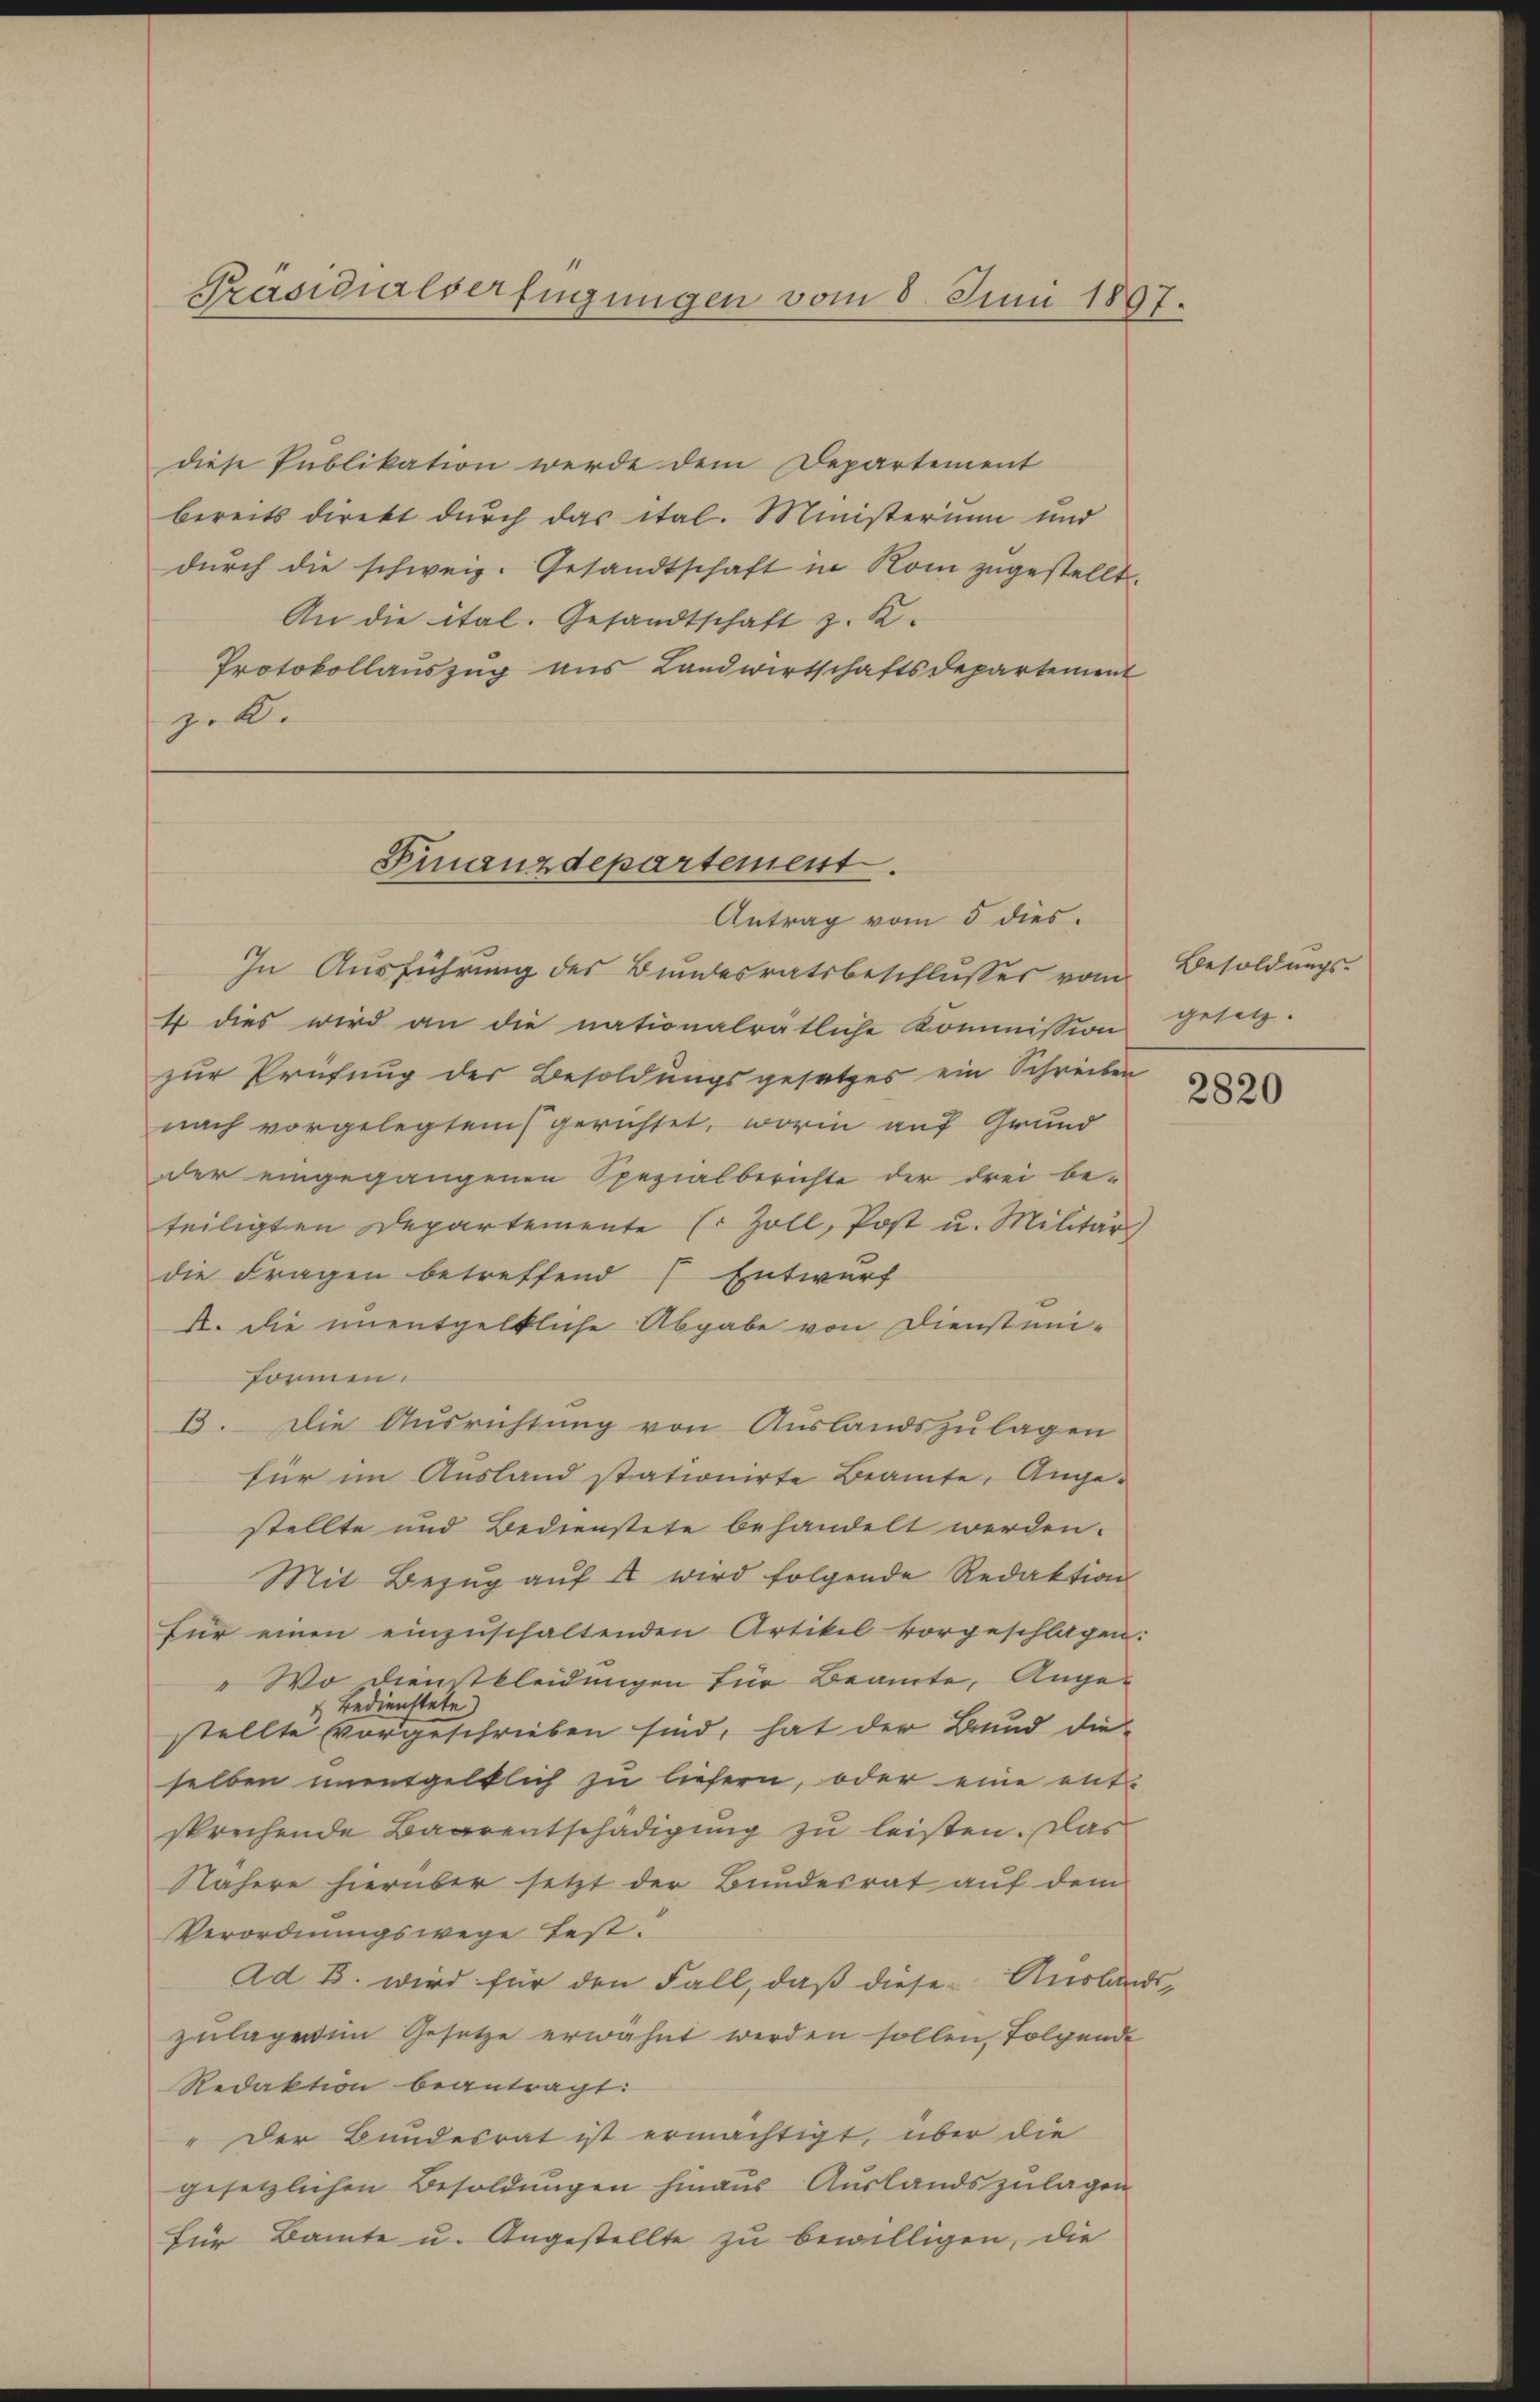
diese Publikation werde dem Departement
bereits direkt durch das ital. Ministerium und
dŭrch die schweiz. Gesandtschaft in Rom zugestellt.
An die ital. Gesandtschaft z. K.
Protokollauszug aus Landwirtschaftsdepartement
zek.

Präsidialverfügungen vom 8. Juni 1897.

In Ausführung des Bundesratsbeschlusses vom
4 dies wird an die nationalratliche Kommission
zur Prüfung der Besoldungsgesetzes ein Schreiben
nach vorgelegten gerichtet, worin auf Grund
der eingegangenen Spezialberichte der drei be-
teiligten Departemente Er Zoll, Post u. Militär
die Fragen betreffend (Entwurf
A. die unentgeltliche Abgabe von Dienstmei¬
Formen.
B. Die Ausrichtung von Auslandszulagen
für im Ausland stationirte Beamte, Angestellte und Bedienstete behandelt werden.
Mit Bezŭg aŭf 4 wird folgende Redaktion
für einen einzuschaltenden Artikel vorgeschlagen:
 Wo dienstkleidungen für Beamte, Ange-
Bedienstete
stellte vorgeschrieben sind, hat der Bund dieselben unentgeltlich zu liefern, oder eine ent-
sprechende Baarentschädigung zu leisten. Das
Nähere hierüber setzt der Bundesrat auf dem
Verordnungswege fest.
Ad B. wird für den Fall, daß diese Auslands-
zulagenen Gesetze erwähnt werden sollen, folgende
Redaktion beantragt:
" Der Bundesrat ist ermächtigt, über die
gesetzlichen Besoldungen hinaus Auslandszulagen
Für Baute u. Angestellte zu bewilligen, die

Finanzdepartement.
Antrag vom 5 dies.

Besoldungs-
gesetz.

2820